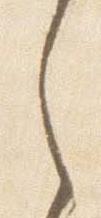
之